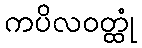
ကပိလဝတ္ထုံ